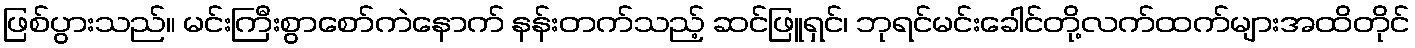
ဖြစ်ပွားသည်။ မင်းကြီးစွာစော်ကဲနောက် နန်းတက်သည့် ဆင်ဖြူရှင်၊ ဘုရင်မင်းခေါင်တို့လက်ထက်များအထိတိုင်